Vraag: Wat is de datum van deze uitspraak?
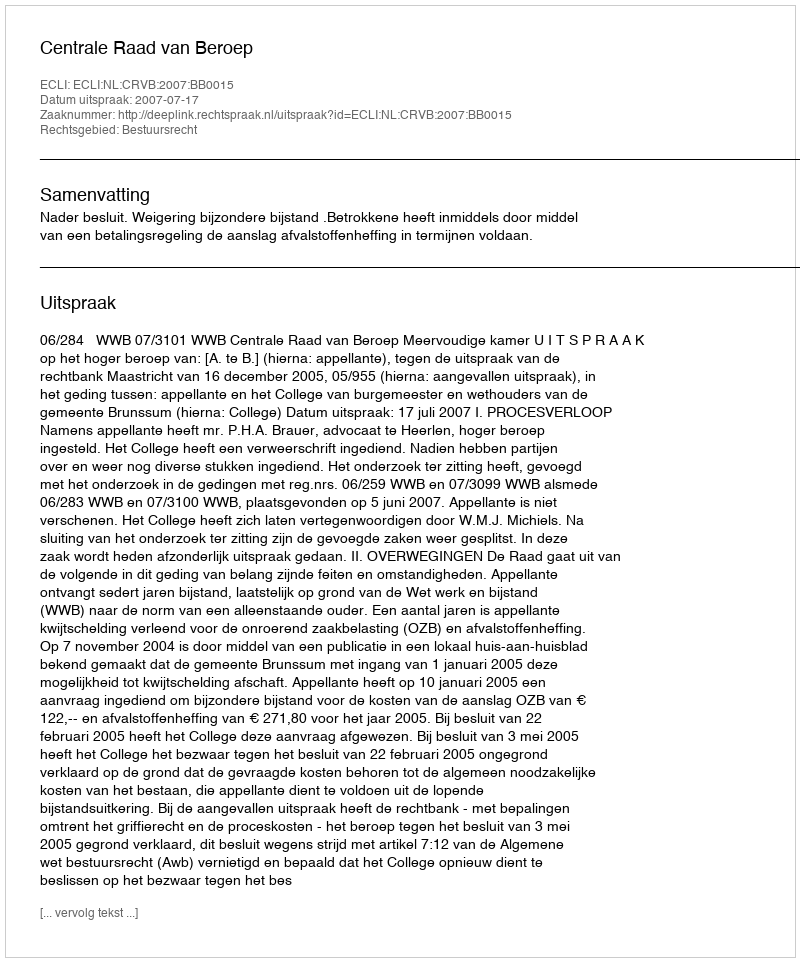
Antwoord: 2007-07-17